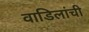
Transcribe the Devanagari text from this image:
वाडिलांची